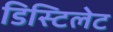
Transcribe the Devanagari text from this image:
डिस्टिलेट